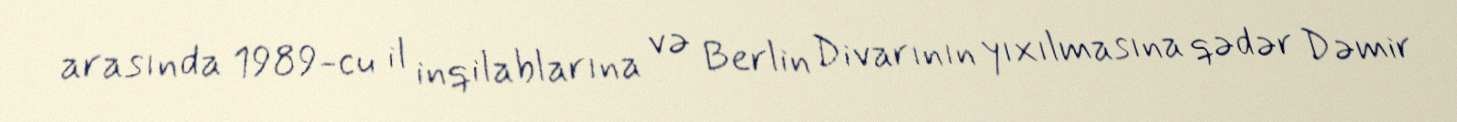
arasında 1989-cu il inqilablarına və Berlin Divarının yıxılmasına qədər Dəmir